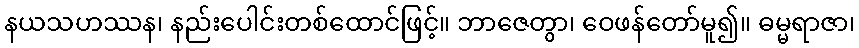
နယသဟဿန၊ နည်းပေါင်းတစ်ထောင်ဖြင့်။ ဘာဇေတွာ၊ ဝေဖန်တော်မူ၍။ ဓမ္မရာဇာ၊